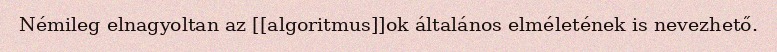
Némileg elnagyoltan az [[algoritmus]]ok általános elméletének is nevezhető.